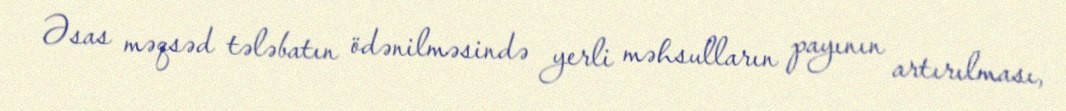
Əsas məqsəd tələbatın ödənilməsində yerli məhsulların payının artırılması,